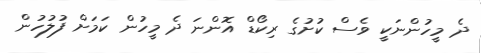
ދެ މީހުންނަކީ ވެސް ކުށުގެ ރިކޯޑް އޮންނަ ދެ މީހުން ކަމަށް ފުލުހުން